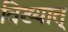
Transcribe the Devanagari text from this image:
विख्यात्